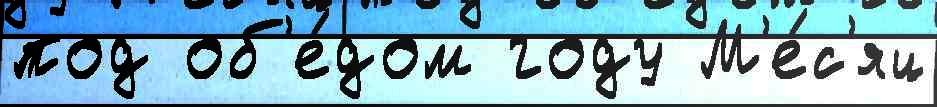
под об'е́дом году М'е́с'яц